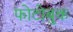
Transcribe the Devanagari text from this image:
फोटोबुक